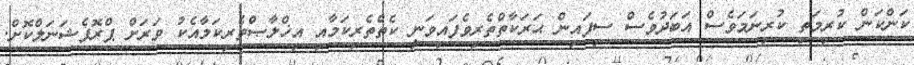
ކަންކަން ކުރިމަތި ކުރިނަމަވެސް އަބަދުވެސް ސިފައިން ޙަރަކާތްތެރިވެފައިވަނީ ކެތްތެރިކަމާއި އިޚްލާޞްތެރިކަމާއެކު ވަރަށް ޕްރޮފެޝަނަލްކޮށް.